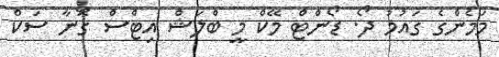
މަމެންގެ ގައުމު ދޯ. ޑޯންޓް މޭކް މީ ބްލަޝް އިޓްސް ގޮނާ ސަކް